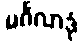
မင်္ဂလာဒုံ